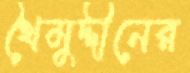
খৈমুদ্দীনের